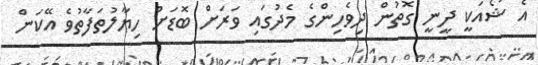
އެ ޝޯއަކީ ދީނީ ގޮތުން ދިވެހިންގެ މެދުގައި ވަރަށް ބޮޑަށް ހިޔާލުތަފާތުވެ އޭކަން